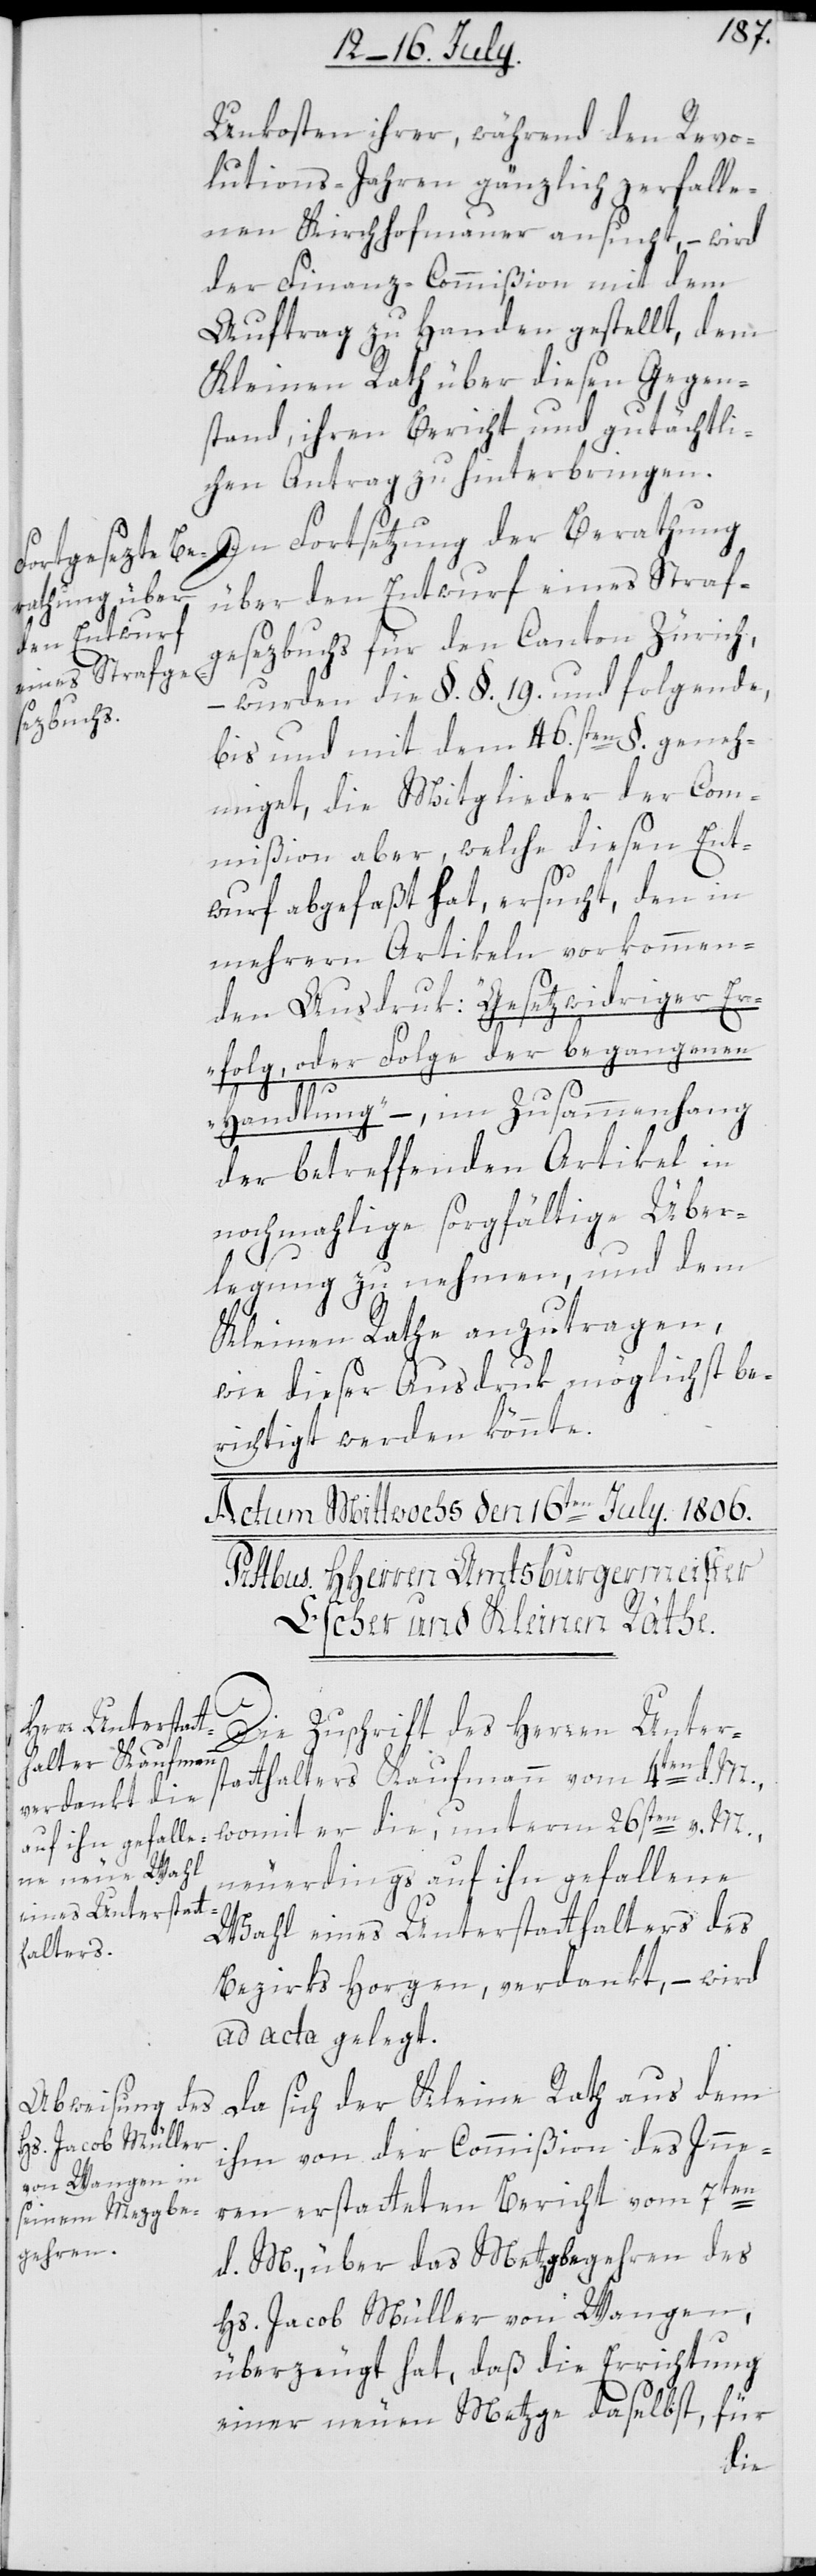
Unkosten ihrer, während den Revo¬
lutions-Jahren gänzlich zerfalle¬
nen Kirchhofmauer ansucht, – wird
der Finanz-Commißion mit dem
Auftrag zu Handen gestellt, dem
Kleinen Rath über diesen Gegen¬
stand, ihren Bericht und gutächtli¬
chen Antrag zu hinterbringen.
Fortsetzung der Berathung
über den Entwurf eines Straf¬
gesezbuchs für den Canton Zürich,
– wurden die §§. 19. und folgende,
bis und mit dem 46.sten §. geneh¬
miget, die Mitglieder der Com¬
mißion aber, welche diesen Ent¬
wurf abgefaßt hat, ersucht, den in
mehreren Artikeln vorkommen¬
den Ausdruk: „Gesetzwidriger Er¬
folg, oder Folge der begangenen
Handlung“, – im Zusammenhang
der betreffenden Artikel in
nochmahlige sorgfältige Über¬
legung zu nehmen, und dem
Kleinen Rathe anzutragen,
wie dieser Ausdruk möglichst be¬
richtigt werden könnte.
Die Zuschrift des Herren Unter¬
statthalters Kaufmann vom 4ten d. M,
womit der die, unterm 26sten v. M.
neuerdings auf ihn gefallene
Wahl eines Unterstatthalters des
Bezirks Horgen, verdankt, – wird
ad acta gelegt.
Da sich der Kleine Rath aus dem
ihm von der Commißion des Inne¬
rn erstatteten Bericht vom 7ten
d. M., über das Metzgbegehren des
Hs. Jacob Müller von Wangen,
überzeugt hat, daß die Errichtung
einer neuen Metzge daselbst, für